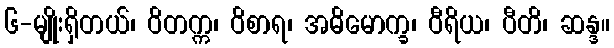
၆-မျိုးရှိတယ်၊ ဝိတက္က၊ ဝိစာရ၊ အဓိမောက္ခ၊ ဝီရိယ၊ ပီတိ၊ ဆန္ဒ။